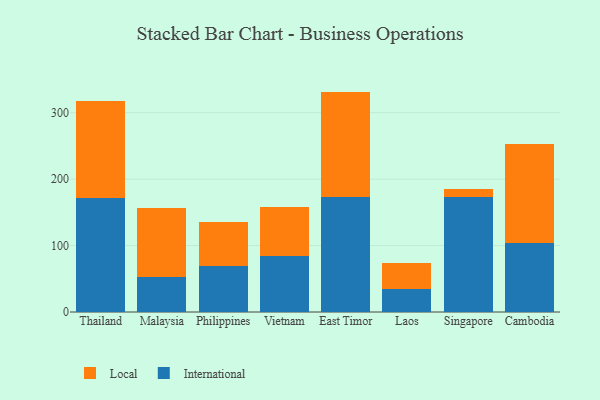
{"axis": {"x": "Country", "y": "Humidity (%)"}, "legend": ["International", "Local"], "data": [{"x": "Thailand", "y": 170.9, "type": "International"}, {"x": "Thailand", "y": 146.6, "type": "Local"}, {"x": "Malaysia", "y": 52.7, "type": "International"}, {"x": "Malaysia", "y": 104.4, "type": "Local"}, {"x": "Philippines", "y": 70.0, "type": "International"}, {"x": "Philippines", "y": 65.7, "type": "Local"}, {"x": "Vietnam", "y": 84.9, "type": "International"}, {"x": "Vietnam", "y": 72.8, "type": "Local"}, {"x": "East Timor", "y": 173.2, "type": "International"}, {"x": "East Timor", "y": 158.6, "type": "Local"}, {"x": "Laos", "y": 35.0, "type": "International"}, {"x": "Laos", "y": 38.7, "type": "Local"}, {"x": "Singapore", "y": 172.5, "type": "International"}, {"x": "Singapore", "y": 12.6, "type": "Local"}, {"x": "Cambodia", "y": 103.6, "type": "International"}, {"x": "Cambodia", "y": 149.0, "type": "Local"}]}